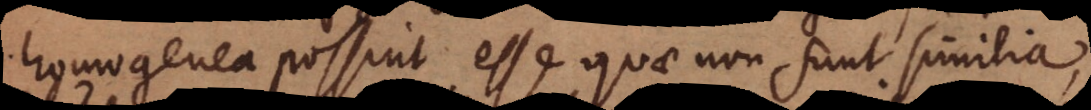
homogenea possint esse quae non sunt similia,